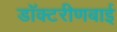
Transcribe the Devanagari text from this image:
डॉक्टरीणबाई